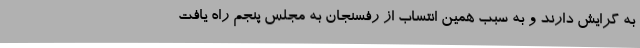
به گرایش دارند و به سبب همین انتساب از رفسنجان به مجلس پنجم راه یافت